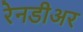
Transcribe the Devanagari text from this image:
रेनडीअर